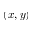
\left( x , y \right)